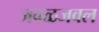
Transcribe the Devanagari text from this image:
जवळजवल